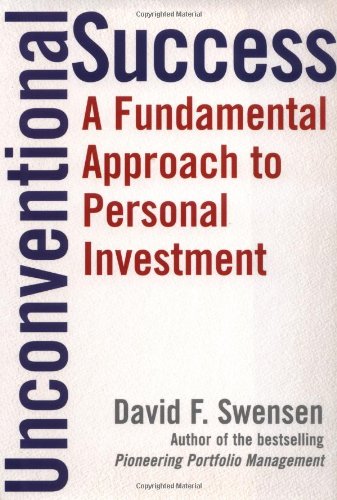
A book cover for Unconventional Success: A Fundamental Approach to Personal Investment; David F. Swensen; Business & Money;